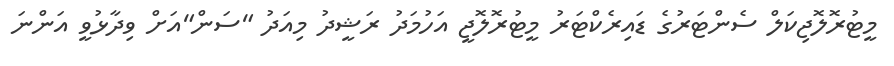
މީޓުރޮލޮޖިކަލް ސެންޓަރުގެ ޑައިރެކްޓަރު މީޓުރޮލޮޖީ އަހުމަދު ރަޝީދު މިއަދު "ސަން"އަށް ވިދާޅުވީ އަންނަ